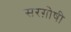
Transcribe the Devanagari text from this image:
सरग़ोषी